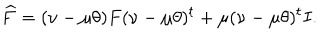
\widehat F = ( \nu - \mu \theta ) F ( \nu - \mu \theta ) ^ { t } + \mu ( \nu - \mu \theta ) ^ { t } I .